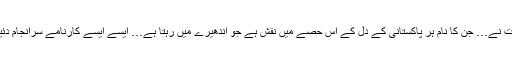
اُن مشہور و معروف شخصیات نے… جن کا نام ہر پاکستانی کے دل کے اُس حصے میں نقش ہے جو اندھیرے میں رہتا ہے… ایسے ایسے کارنامے سرانجام دئیے کہ جہالت سر پیٹنے لگی۔